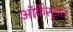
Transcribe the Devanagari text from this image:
ऑर्केस्ट्रात